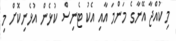
މި ކުއްޖާ އޭނާގެ މަންމަ އާއި އެކު ޓެނިސް ކުޅެން އުޅެނިކޮށް މި